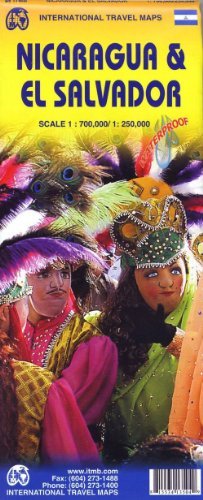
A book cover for Nicaragua 1:700,000 & El Salvador 1:250,000 Travel Map with city plans, waterproof ITMB, 2012 edition; ITM Canada; Travel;